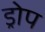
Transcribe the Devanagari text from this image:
ड्रोप